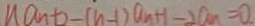
u a _ { n } + 2 - ( n - 1 ) a _ { n } + 1 - 2 a _ { n } = 0